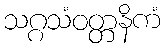
သဂ္ဂသံဝတ္တနိကံ